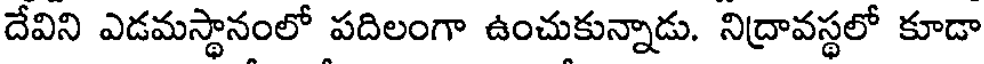
దేవిని ఎడమస్థానంలో పదిలంగా ఉంచుకున్నాడు. నిద్రావస్థలో కూడా